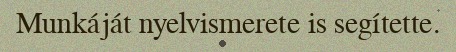
Munkáját nyelvismerete is segítette.